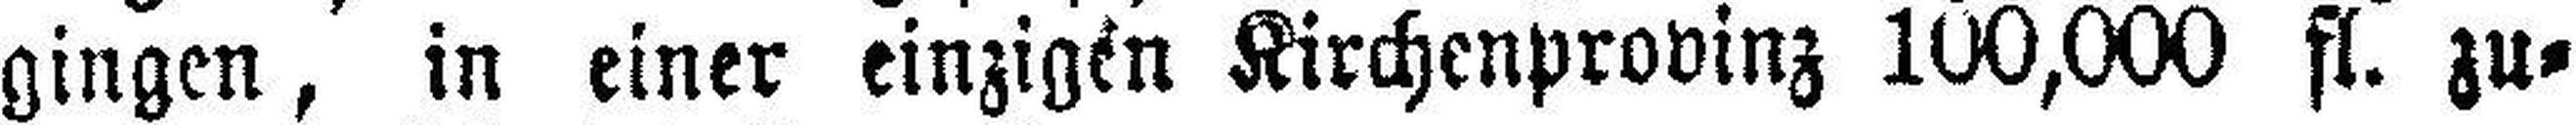
gingen, in einer einzigen Kirchenprovinz 100,000 fl. zu¬